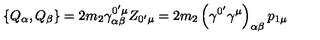
\left\{ Q _ { \alpha } , Q _ { \beta } \right\} = 2 m _ { 2 } \gamma _ { \alpha \beta } ^ { 0 ^ { \prime } \mu } Z _ { 0 ^ { \prime } \mu } = 2 m _ { 2 } \left( \gamma ^ { 0 ^ { \prime } } \gamma ^ { \mu } \right) _ { \alpha \beta } p _ { 1 \mu }